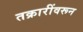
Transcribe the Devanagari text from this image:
तक्रारींवरून